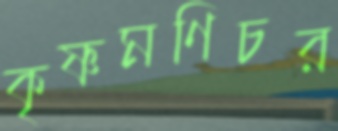
কৃষ্ণমণিচর